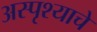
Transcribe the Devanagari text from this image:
अस्पृश्‍याचे